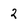
Character: 2